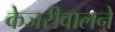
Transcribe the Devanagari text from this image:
केजरीवालने